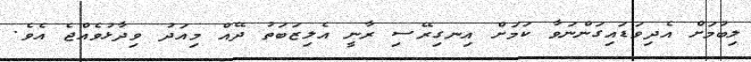
ލިބުމަށް އެދިވަޑައިގަންނަވާ ކަމަށް އިނގިރޭސި ރާނީ އެލިޒަބަތު ދޭއް މިއަދު ވިދާޅުވެއްޖެ އެވެ.